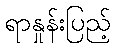
ရာနှုန်းပြည့်